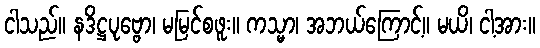
ငါသည်။ နဒိဋ္ဌပုဗ္ဗော၊ မမြင်စဖူး။ ကသ္မာ၊ အဘယ်ကြောင့်။ မယိ၊ ငါ့အား။